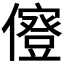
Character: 𠐏